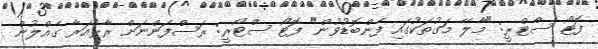
ފޮޓޯ ސްޓްރީ: "މާލޭ މަގުތަކުގައި ފެންބޮޑުވުން" ފޮޓޯ ސްޓޯރީ: ރަސްފަންނަށް ރާޅުއަރާ ގެއްލުން